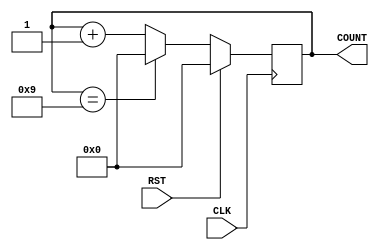
module count10(CLK, RST, COUNT);
    input CLK, RST;
    output[3:0] COUNT;
    reg[3:0] count;

    initial count = 0;

    always @(posedge CLK) begin
        if (RST == 1'b1)
            count <= 4'b0;
        else if (count == 4'h9)
            count <= 4'b0;
        else
            count <= count + 4'b1;
    end

    assign COUNT = count;
endmodule